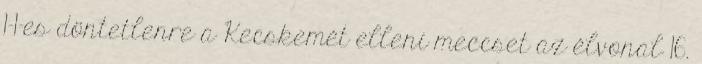
1-1-es döntetlenre a Kecskemét elleni meccset az élvonal 16.